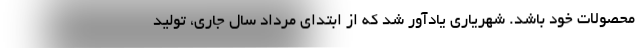
محصولات خود باشد. شهریاری یادآور شد که از ابتدای مرداد سال جاری، تولید